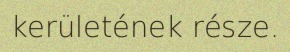
kerületének része.